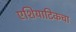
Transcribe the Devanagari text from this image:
एशियाटिकचा